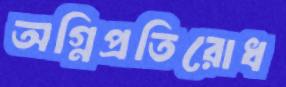
অগ্নিপ্রতিরোধ